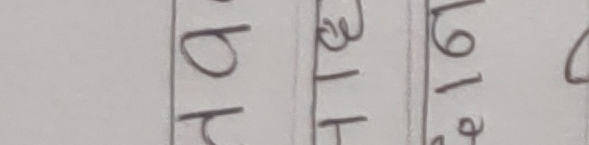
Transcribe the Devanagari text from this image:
थप ३१९,